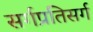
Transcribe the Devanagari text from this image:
सर्गप्रतिसर्ग